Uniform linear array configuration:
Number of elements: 64
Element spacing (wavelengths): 0.5
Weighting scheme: kaiser
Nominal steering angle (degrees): -15
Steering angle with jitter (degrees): -16.915
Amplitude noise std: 0.05
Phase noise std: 0.05

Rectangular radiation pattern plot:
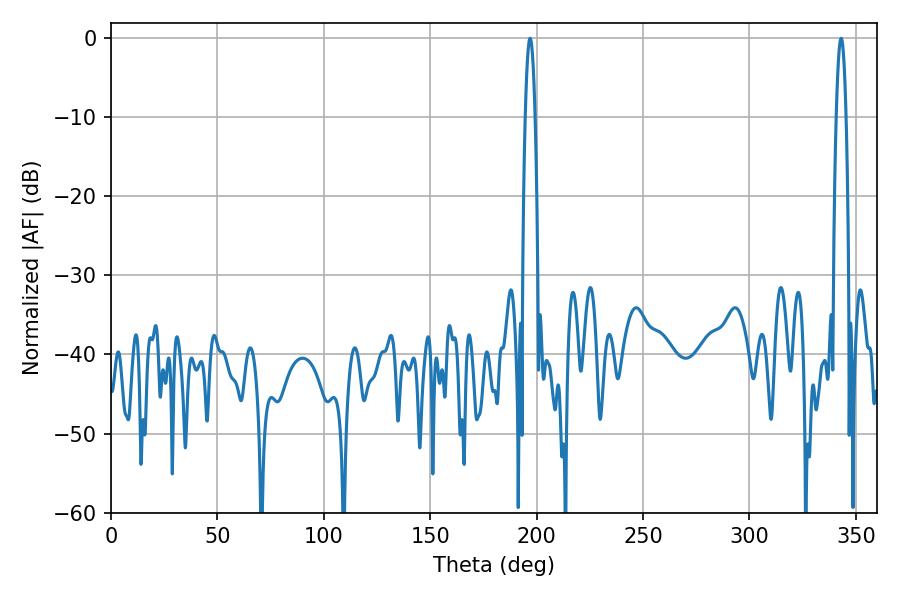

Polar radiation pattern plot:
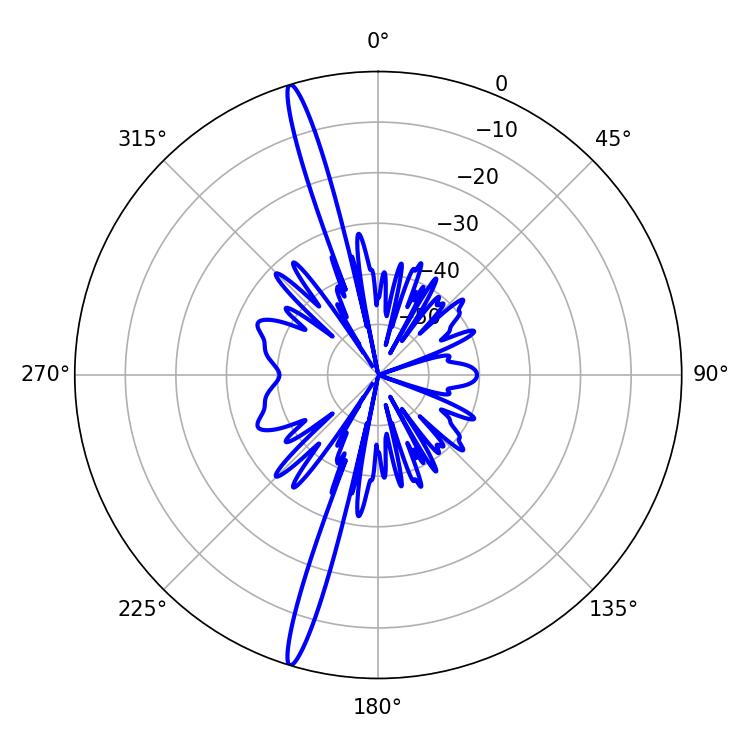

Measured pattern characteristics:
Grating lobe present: FALSE
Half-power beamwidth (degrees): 2.52
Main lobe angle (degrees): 343.08